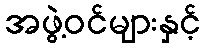
အဖွဲ့ဝင်များနှင့်